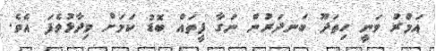
އަމްރު ވަނީ ހިތަދޫ ބަނދަރުން ނަގާ ފީތައް ބޮޑު ކަމަށް ވިދާޅުވެފަ އެވެ.